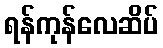
ရန်ကုန်လေဆိပ်